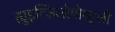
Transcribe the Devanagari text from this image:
ह्युइत्ज़िलोपोश्ट्ली